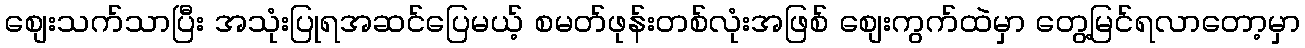
စျေးသက်သာပြီး အသုံးပြုရအဆင်ပြေမယ့် စမတ်ဖုန်းတစ်လုံးအဖြစ် စျေးကွက်ထဲမှာ တွေ့မြင်ရလာတော့မှာ